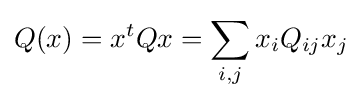
Q(x)=x^{t}Qx=\sum _{i,j}x_{i}Q_{ij}x_{j}